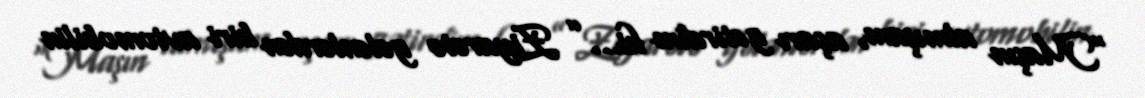
“Maşın almışam, açarı gətirdim ki…” Ziyarətə gələnlərdən biri avtomobilin